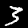
Label: 3